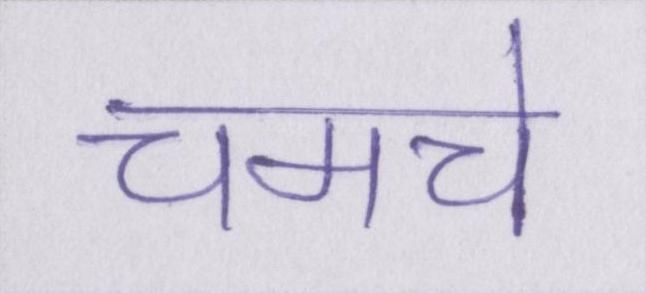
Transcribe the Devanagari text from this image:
चमचे